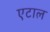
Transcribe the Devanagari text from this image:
एटाल